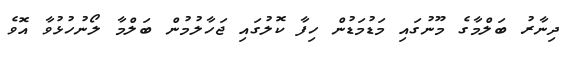
ދިނާރު ބަލްމާގެ މޫނުގައި މަޑުމަޑުން ހިފާ ކޮލުގައި ޖަހާލުމުން ބަލްމާ ލޯނުހުޅުވާ އޮވެ